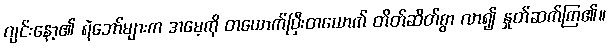
ဂျင်းနော့၏ ရဲဘော်များက အမေ့ကို တယောက်ပြီးတယောက် တိတ်ဆိတ်စွာ လာ၍ နှုတ်ဆက်ကြ၏။